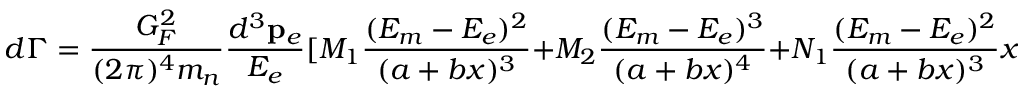
d \Gamma = \frac { G _ { F } ^ { 2 } } { ( 2 \pi ) ^ { 4 } m _ { n } } \frac { d ^ { 3 } { \bf p } _ { e } } { E _ { e } } [ M _ { 1 } \frac { ( E _ { m } - E _ { e } ) ^ { 2 } } { ( a + b x ) ^ { 3 } } + M _ { 2 } \frac { ( E _ { m } - E _ { e } ) ^ { 3 } } { ( a + b x ) ^ { 4 } } + N _ { 1 } \frac { ( E _ { m } - E _ { e } ) ^ { 2 } } { ( a + b x ) ^ { 3 } } x + N _ { 2 } \frac { ( E _ { m } - E _ { e } ) ^ { 3 } } { ( a + b x ) ^ { 4 } } x ] d x ,